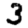
Digit: 3